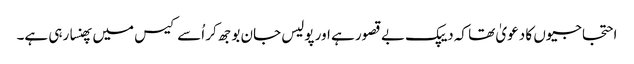
احتجاجیوں کا دعویٰ تھا کہ دیپک بے قصور ہے اور پولیس جان بوجھ کر اُسے کیس میں پھنسا رہی ہے۔